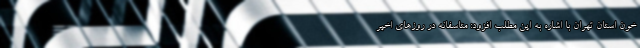
خون استان تهران با اشاره به این مطلب افزود: متاسفانه در روزهای اخیر